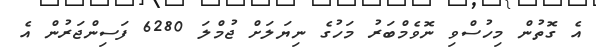
އެ ގޮތުން މިހުސްވި ނޮވެމްބަރު މަހުގެ ނިޔަލަށް ޖުމްލަ 6280 ފަސިންޖަރުން އެ